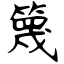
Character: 篾